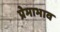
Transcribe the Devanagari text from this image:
प्रेमाभाव